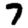
Digit: 7